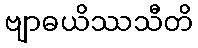
ဗျာဓယိဿသီတိ